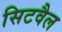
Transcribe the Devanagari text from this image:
सिटवैल